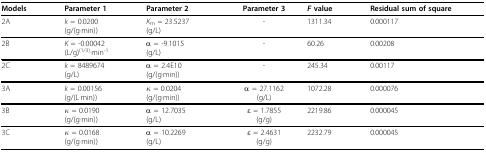
<table><thead><tr><td><b>Models</b></td><td><b>Parameter 1</b></td><td><b>Parameter 2</b></td><td><b>Parameter 3</b></td><td><b><i>F </i>value</b></td><td><b>Residual sum of square</b></td></tr></thead><tbody><tr><td>2A</td><td><i>k </i>= 0.0200(g/(g·min))</td><td><i>K</i><sub>m </sub>= 23.5237(g/L)</td><td>-</td><td>1311.34</td><td>0.000117</td></tr><tr><td>2B</td><td><i>K </i>= -0.00042(L/g)<sup>(1/3)</sup>·min<sup>-1</sup></td><td>α = -9.1015(g/L)</td><td>-</td><td>60.26</td><td>0.00208</td></tr><tr><td>2C</td><td><i>k </i>= 8489674(g/L)</td><td>α = 2.4E10(g/(g·min))</td><td>-</td><td>245.34</td><td>0.00117</td></tr><tr><td>3A</td><td><i>k </i>= 0.00156(g/(L·min))</td><td>κ = 0.0204(g/(g·min))</td><td>α = 27.1162(g/L)</td><td>1072.28</td><td>0.000076</td></tr><tr><td>3B</td><td>κ = 0.0190(g/(g·min))</td><td>α = 12.7035(g/L)</td><td>ε = 1.7855(g/g)</td><td>2219.86</td><td>0.000045</td></tr><tr><td>3C</td><td>κ = 0.0168(g/(g·min))</td><td>α = 10.2269(g/L)</td><td>ε = 2.4631(g/g)</td><td>2232.79</td><td>0.000045</td></tr></tbody></table>